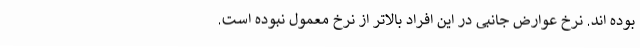
بوده اند. نرخ عوارض جانبی در این افراد بالاتر از نرخ معمول نبوده است.